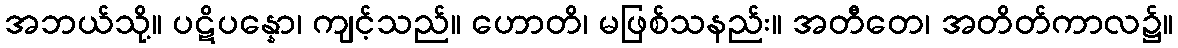
အဘယ်သို့။ ပဋိပန္နော၊ ကျင့်သည်။ ဟောတိ၊ မဖြစ်သနည်း။ အတီတေ၊ အတိတ်ကာလ၌။